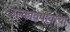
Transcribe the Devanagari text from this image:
उल्कावर्षावांचा